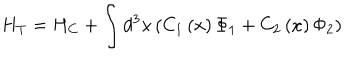
H _ { T } = H _ { C } + \int d ^ { 3 } x \left( C _ { 1 } \left( x \right) \Phi _ { 1 } + C _ { 2 } \left( x \right) \Phi _ { 2 } \right)